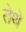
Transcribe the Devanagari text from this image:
तेेथे